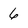
Character: 6